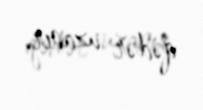
qədər uzanır.